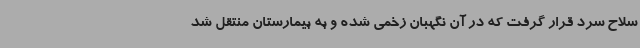
سلاح سرد قرار گرفت که در آن نگهبان زخمی شده و به بیمارستان منتقل شد